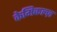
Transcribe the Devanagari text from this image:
केमिकल्ज़